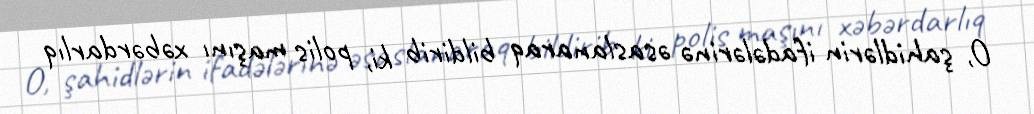
O, şahidlərin ifadələrinə əsaslanaraq bildirib ki, polis maşını xəbərdarlıq